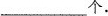
___个。